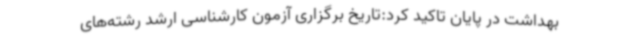
بهداشت در پایان تاکید کرد:تاریخ برگزاری آزمون کارشناسی ارشد رشته‌های